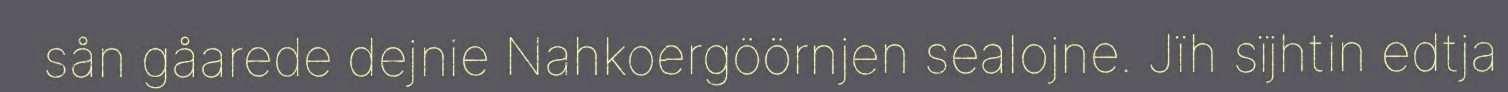
sån gåarede dejnie Nahkoergöörnjen sealojne. Jïh sïjhtin edtja